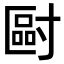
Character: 𡬿